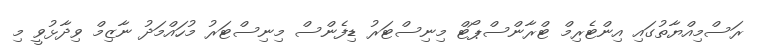
ރަސްމިއްޔާތުގައި އިންޓެރިމް ޓްރާންސްޕޯޓް މިނިސްޓަރު ޑިފެންސް މިނިސްޓަރު މުހައްމަދު ނާޒިމް ވިދާޅުވީ މި